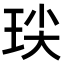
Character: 𭹈